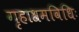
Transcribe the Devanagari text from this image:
गृहाश्रमविधिः